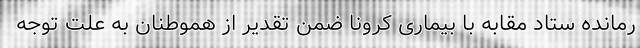
رمانده ستاد مقابه با بیماری کرونا ضمن تقدیر از هموطنان به علت توجه